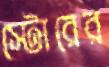
স্টোরের